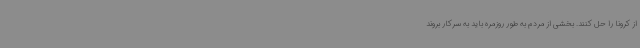
از کرونا را حل کنند. بخشی از مردم به طور روزمره باید به سرکار بروند